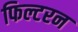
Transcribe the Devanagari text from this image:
फिल्टरन